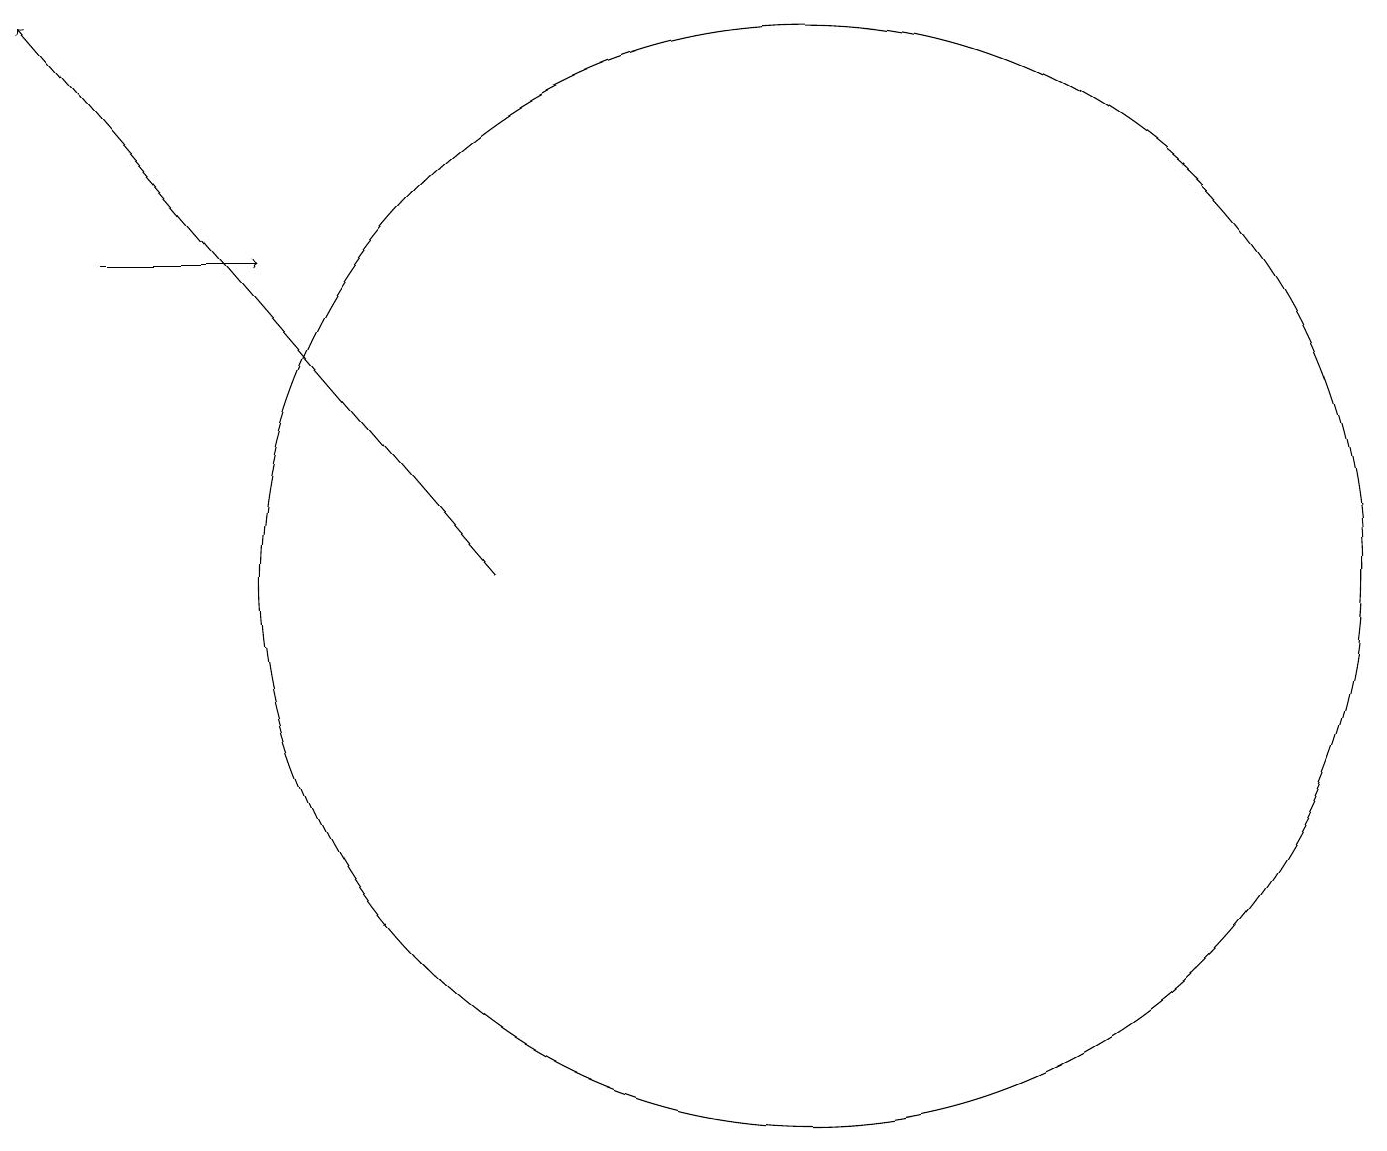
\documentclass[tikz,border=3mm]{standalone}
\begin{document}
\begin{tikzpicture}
\draw[->] (7,11) -- (1,18);
\draw[->] (2,15) -- (4,15);
\draw (11,11) circle (7);
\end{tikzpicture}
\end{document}